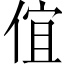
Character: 𠊙